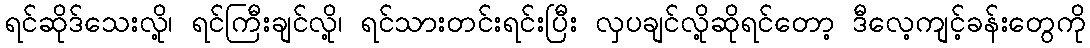
ရင်ဆိုဒ်သေးလို့၊ ရင်ကြီးချင်လို့၊ ရင်သားတင်းရင်းပြီး လှပချင်လို့ဆိုရင်တော့ ဒီလေ့ကျင့်ခန်းတွေကို